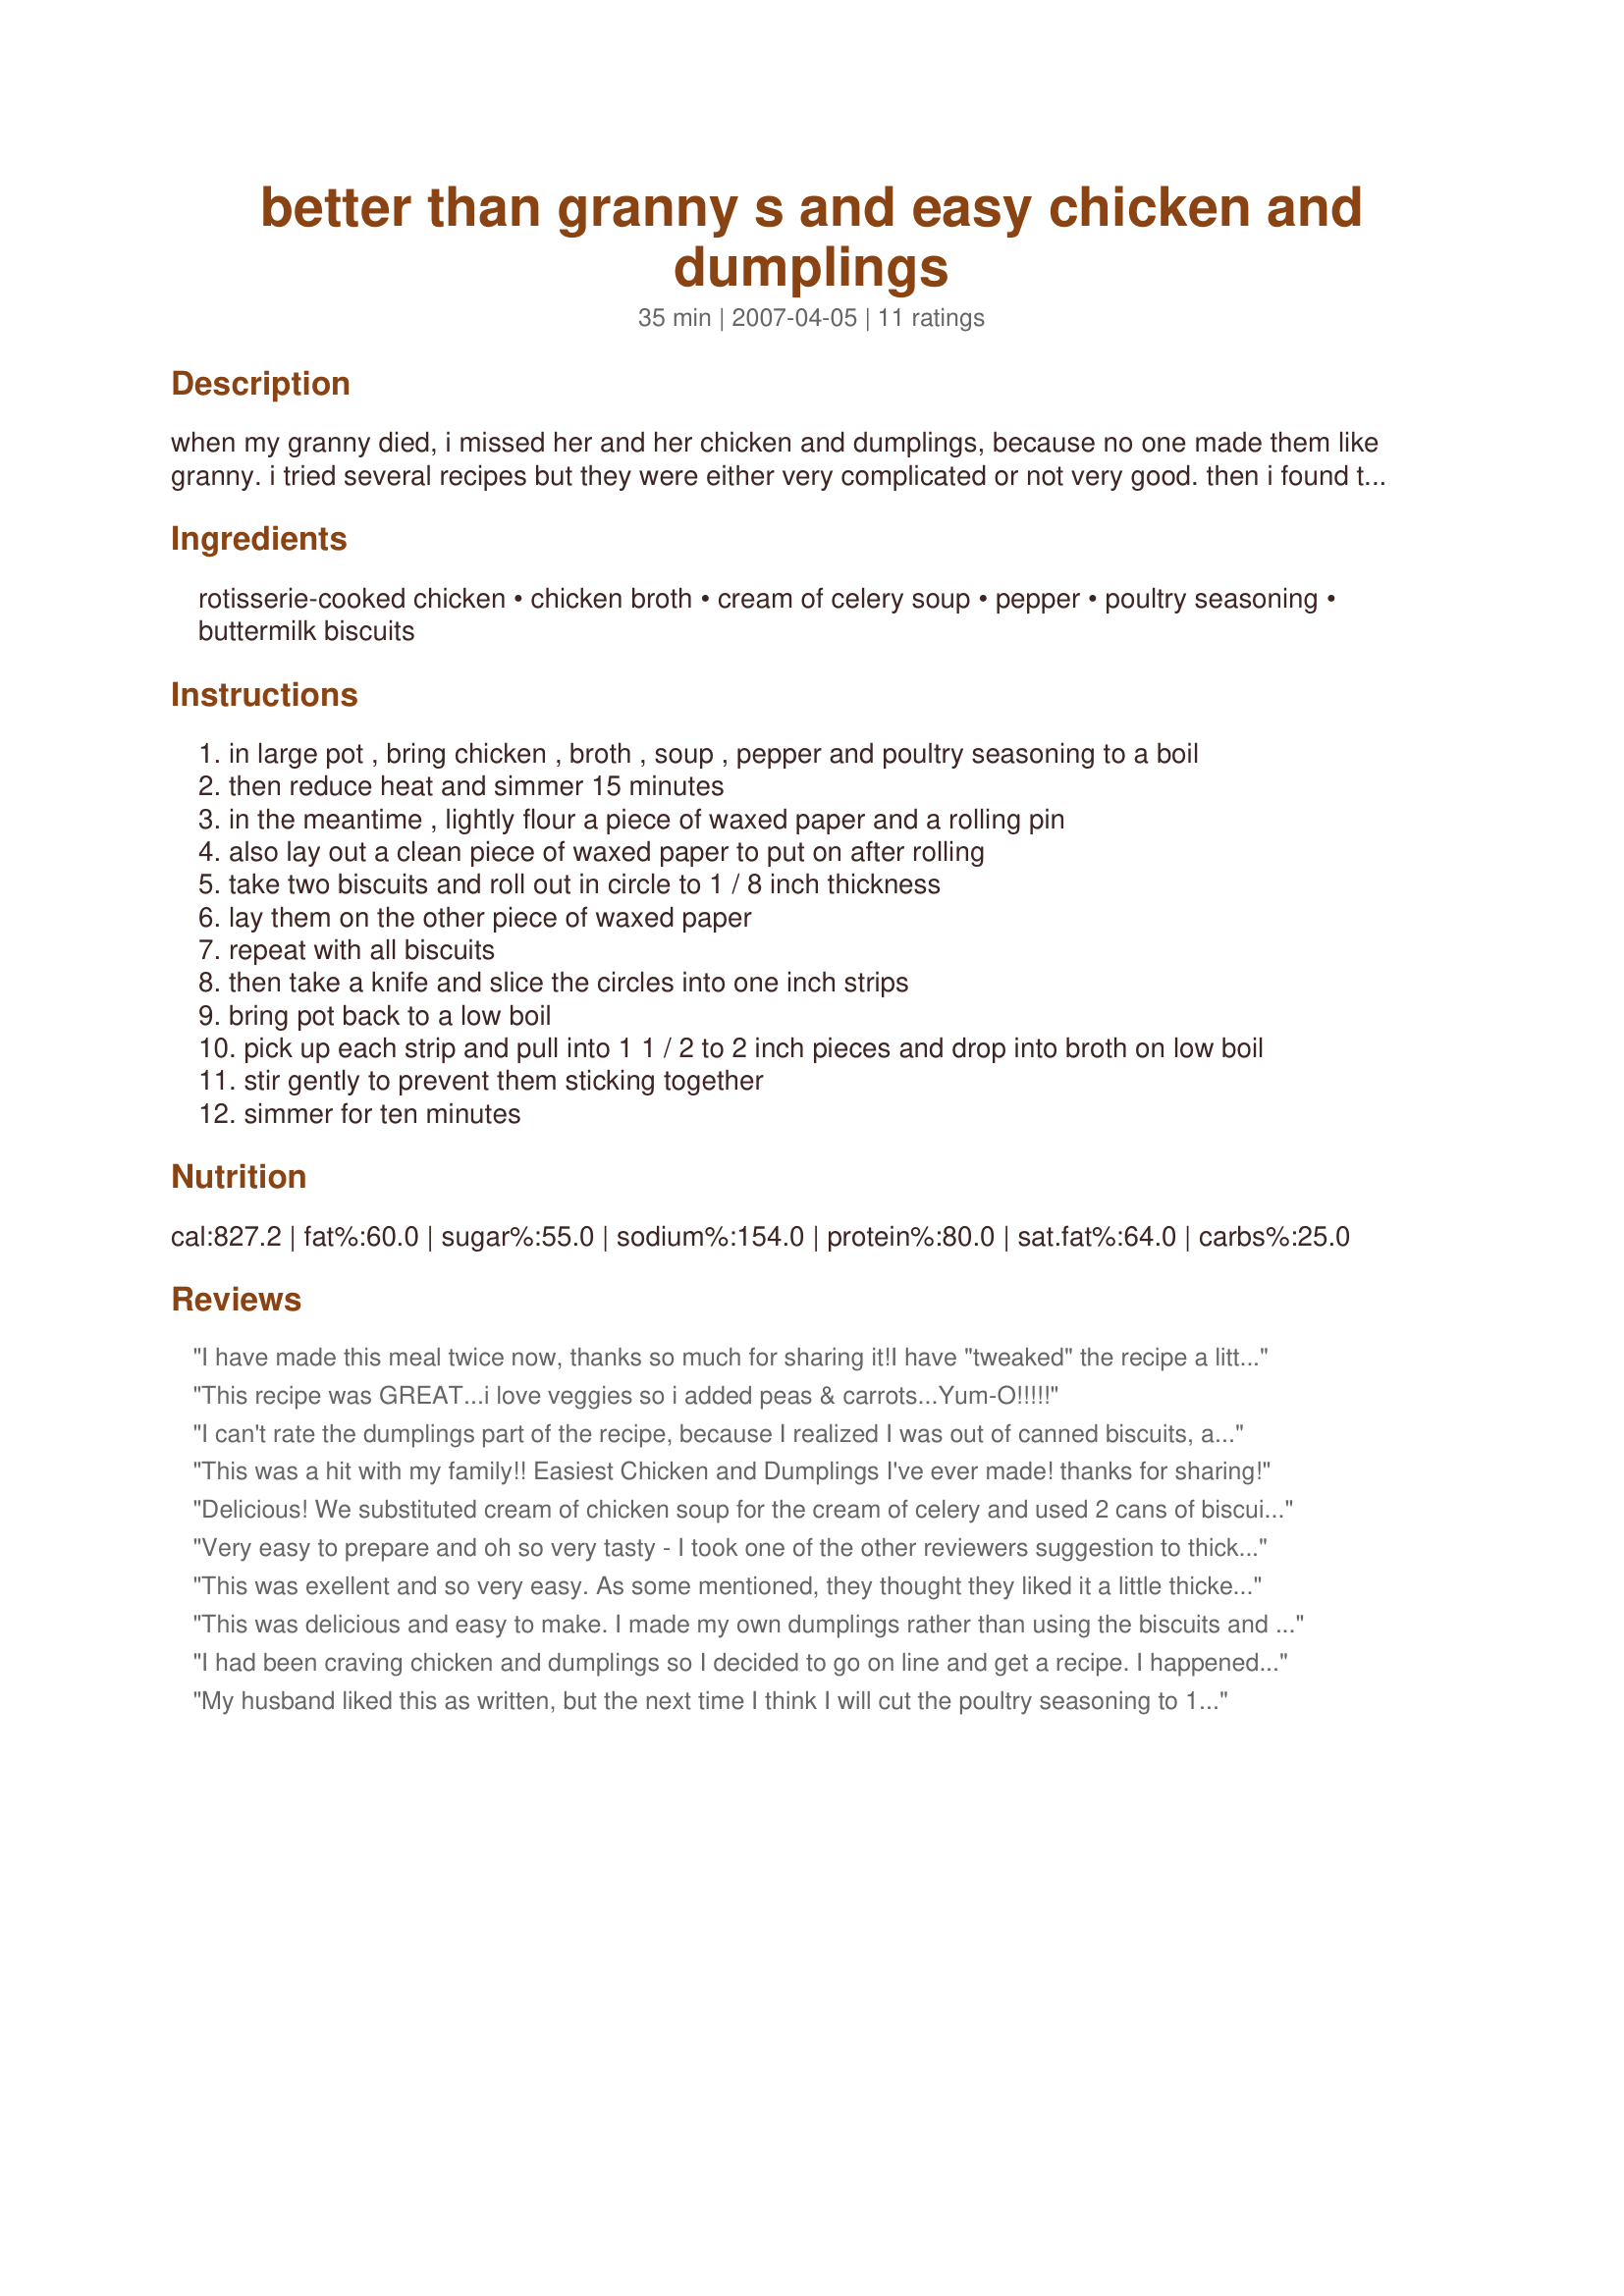
better than granny s and easy chicken and dumplings
Preparation time: 35 minutes

when my granny died, i missed her and her chicken and dumplings, because no one made them like granny. i tried several recipes but they were either very complicated or not very good. then i found this one and even my yankee husband who doesn't like dumplings tried to hide the leftovers to take to work the next day. we love this recipe. they are actually better than granny's. even mama agrees. (sorry, granny!)

Ingredients:
rotisserie-cooked chicken, chicken broth, cream of celery soup, pepper, poultry seasoning, buttermilk biscuits

Steps:
in large pot , bring chicken , broth , soup , pepper and poultry seasoning to a boil
then reduce heat and simmer 15 minutes
in the meantime , lightly flour a piece of waxed paper and a rolling pin
also lay out a clean piece of waxed paper to put on after rolling
take two biscuits and roll out in circle to 1 / 8 inch thickness
lay them on the other piece of waxed paper
repeat with all biscuits
then take a knife and slice the circles into one inch strips
bring pot back to a low boil
pick up each strip and pull into 1 1 / 2 to 2 inch pieces and drop into broth on low boil
stir gently to prevent them sticking together
simmer for ten minutes

Reviews:
I have made this meal twice now, thanks so much for sharing it!<br/><br/>I have "tweaked" the recipe a little bit. I used the meat from an entire rotisserie chicken, and used two 24 oz boxes of chicken broth rather than the four cans. I also substituted a can of cream of chicken soup for one of the cans of cream of celery soup. I added diced onions and carrots, and this most recent time I added a can of sweet peas to the mix. I also used the Grands biscuits, a 16 oz package rather than the 10 oz size suggested in the recipe. When I rolled the biscuits, I used Wondra flour to keep them from sticking, which I think helped to thicken the broth. I used more Wondra flour in the dish when it was nearly finished to thicken the broth even more.<br/><br/>This dish is delicious, hearty and very comforting - it truly is a taste of home. I don't know who thought to use biscuits as dumplings, but what a great convenience. We have added this recipe to the regular rotation. This will be a winter fave for us!
This recipe was GREAT...i love veggies so i added peas & carrots...Yum-O!!!!!
I can't rate the dumplings part of the recipe, because I realized I was out of canned biscuits, and made recipe#30965. My chicken was leftover from recipe#221743. The celery soup is what TRULY makes this delicious. My 3 and 6 year olds loved it, and my Yankee hubby did too! It made a LOT of rich, delicious liquid. I will absolutely make this again, and again, and AGAIN! From one Bama Girl to another, THANKS BamaKathy!
This was a hit with my family!! Easiest Chicken and Dumplings I've ever made! thanks for sharing!
Delicious! We substituted cream of chicken soup for the cream of celery and used 2 cans of biscuits. It was sooo good!
Very easy to prepare and oh so very tasty - I took one of the other reviewers suggestion to thicken up the soup - otherwise made as directed. The celery soup is the key I think & I will definitely be making this again. Thanks for posting BamaKathy :)
This was exellent and so very easy. As some mentioned, they thought they liked it a little thicker, so minstead of adding a cornstarch slurry I added another can of soup. This time reduced fat cream of chicken! I also used soup from a box instead of cans.My husband likes vegatables in his so I added shredded carrots and some frozen peas at the very end.<br/>Thanks for sharing. I'll be making this a lot. :-)
This was delicious and easy to make. I made my own dumplings rather than using the biscuits and my husband who normally doesn't care for chicken and dumplings keeps asking for more! Thanks for the great recipe :)
I had been craving chicken and dumplings so I decided to go on line and get a recipe. I happened upon your recipe, got the ingredients and made it... I just want to say...THANK YOU!!! That yummy steamy bowl of chicken and dumplings was the best comfort food I had ate in a long time... It's definitely a keeper...ps... Hubby says thank's too... :)
My husband liked this as written, but the next time I think I will cut the poultry seasoning to 1/4 tsp. and use 1 can of cream of chicken soup and 1 can of celery soup. I used pre-made frozen dumpling strips from the grocery and the meat from two deli chicken breasts which made this recipe super easy. Also, I thickened the liquid just a little with a flour/water mixture. Thanks for posting this recipe. It's so easy and can be tweaked to suit each families' tastes.
This went over really well. I used 1 can cream of chicken, one can of cream of mushroom, and one teaspoon celery salt instead of poultry seasoning. I didn&#039;t really understand the directions for the biscuits. I just patted them really thin, cut them in half, then sliced then about 1/2&quot; wide, then stretched them out as I put them in. I used Grands buttermilk biscuits - seemed like a lot but was perfect. Also added some leftover corn and a can of peas at the end.
